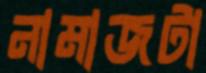
নামাজটা